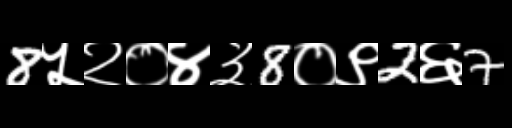
Text: 8५२०४३8०९2६7